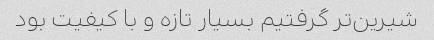
شیرین‌تر گرفتیم بسیار تازه و با کیفیت بود